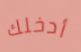
أدخلك